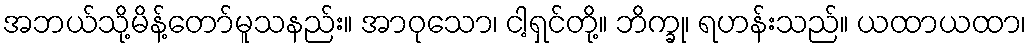
အဘယ်သို့မိန့်တော်မူသနည်း။ အာဝုသော၊ ငါ့ရှင်တို့။ ဘိက္ခု၊ ရဟန်းသည်။ ယထာယထာ၊